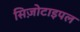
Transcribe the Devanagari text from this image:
सिज़ोटाइपल